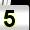
Digit: 5